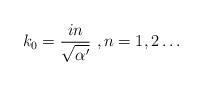
LaTeX: \begin{align*}k_{0}=\frac{in}{\sqrt{\alpha'}} \ , n=1,2\dots\end{align*}